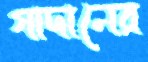
গাদানের